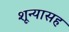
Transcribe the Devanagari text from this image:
शून्यासह